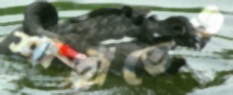
শাহীতেও